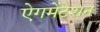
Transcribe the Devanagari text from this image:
ऐगमेंटेशन